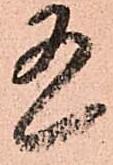
有